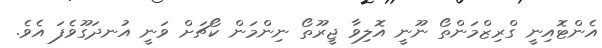
އެންޓޮއިނީ ގްރިޒްމަންތޯ ނޫނީ އޮލިވާ ޖީރޫތޯ ނިންމަން ކޯޗަށް ވަނީ އުނދަގޫވެފަ އެވެ.